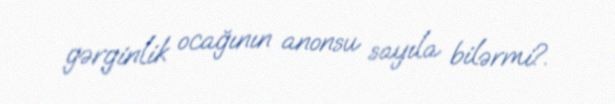
gərginlik ocağının anonsu sayıla bilərmi?.